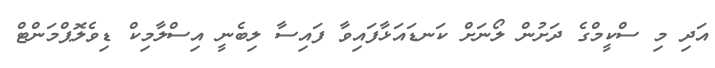
އަދި މި ސްކީމްގެ ދަށުން ލޯނަށް ކަނޑައަޅާފައިވާ ފައިސާ ލިބެނީ އިސްލާމިކް ޑިވެލޮޕްމަންޓް